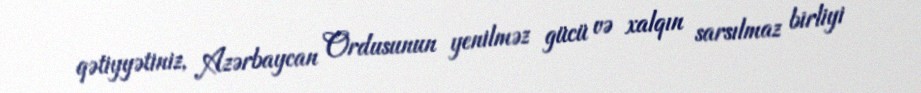
qətiyyətiniz, Azərbaycan Ordusunun yenilməz gücü və xalqın sarsılmaz birliyi